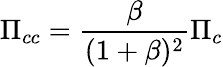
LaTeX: \Pi_{cc}=\frac{\beta}{(1+\beta)^{2}}\Pi_{c}